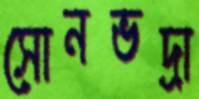
সোনভদ্রা